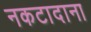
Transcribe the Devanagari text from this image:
नकटादाना